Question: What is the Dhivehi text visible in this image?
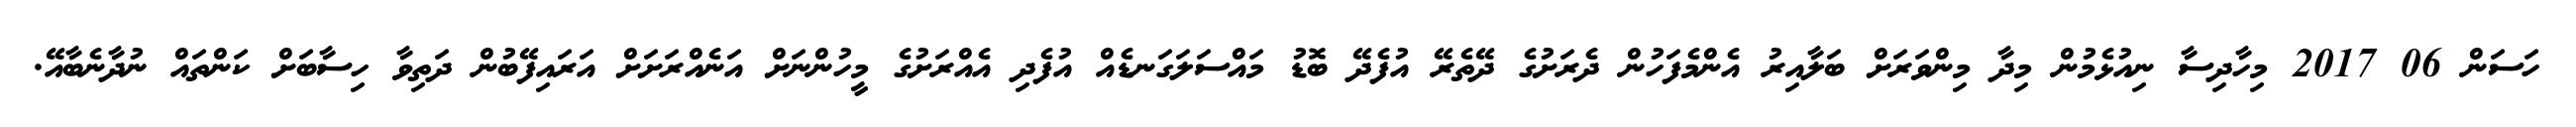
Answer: ހަސަން 06 2017 މިހާދިސާ ނިއުޅެމުން މިދާ މިންވަރަށް ބަލާއިރު އެންމެފަހުން ދެރަށުގެ ދޭތެރޭ އުފެދޭ ބޮޑު މައްސަލަގަނޑެއް އުފެދި އެއްރަށުގެ މީހުންނަށް އަނެއްރަށަށް އަރައިފޭބުން ދަތިވާ ހިސާބަށް ކަންތައް ނުދާނެބާއޭ.